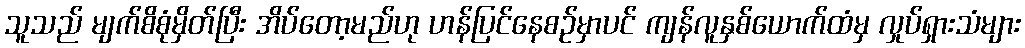
သူသည် မျက်စိစုံမှိတ်ပြီး အိပ်တော့မည်ဟု ဟန်ပြင်နေစဉ်မှာပင် ကျန်လူနှစ်ယောက်ထံမှ လှုပ်ရှားသံများ